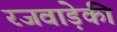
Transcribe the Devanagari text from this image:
रजवाड़ेकी